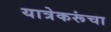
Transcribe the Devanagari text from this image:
यात्रेकरूंचा